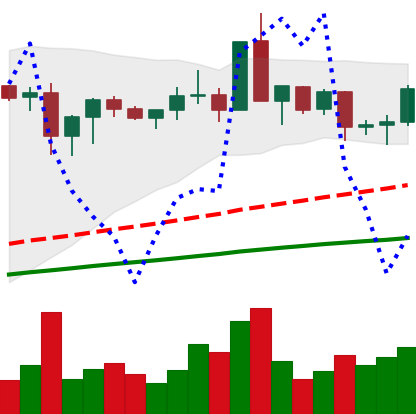
Ticker: XMR-USD
Chart end date: 2020-08-28
Forward return: -3.474%
Label: down_3_5